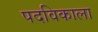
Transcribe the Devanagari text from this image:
पदविकाला